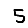
Digit: 5